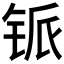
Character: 𰽸